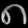
Digit: ၈